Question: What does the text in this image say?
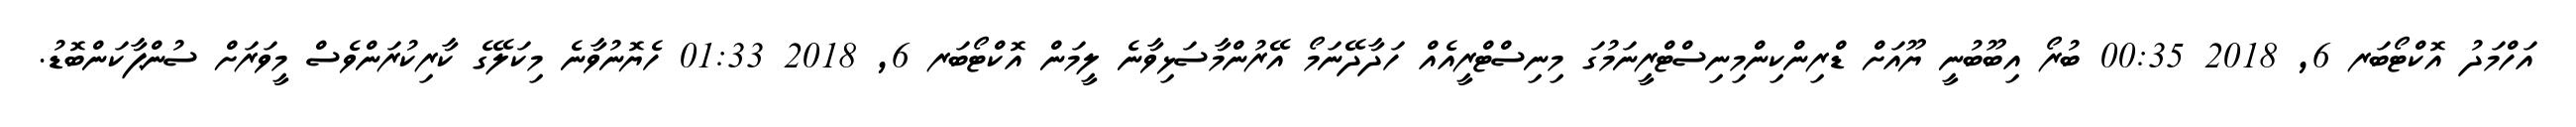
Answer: އަހްމަދު އޮކްޓޯބަރ 6, 2018 00:35 ބުރޯ އިބޫބުނީ ޔޫއަށް ޑްރިންކިންމިނިސްޓްރީނަމުގަ މިނިސްޓްރީއެއް ހަދާދޭނަމޯ އޭރުންމާސަޅިވާނެ ލީމަން އޮކްޓޯބަރ 6, 2018 01:33 ހެޔޮނުވާނެ މިކަލޭގެ ކާރިކުރަންވެސް މީވަރަށް ސުންޕާކަންބޮޑު.